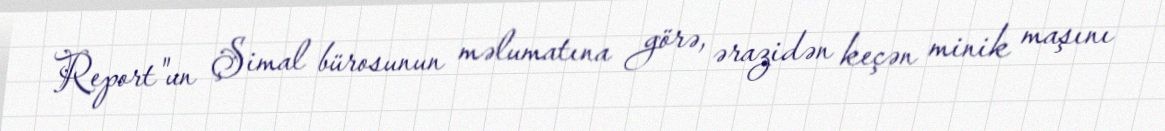
Report"un Şimal bürosunun məlumatına görə, ərazidən keçən minik maşını